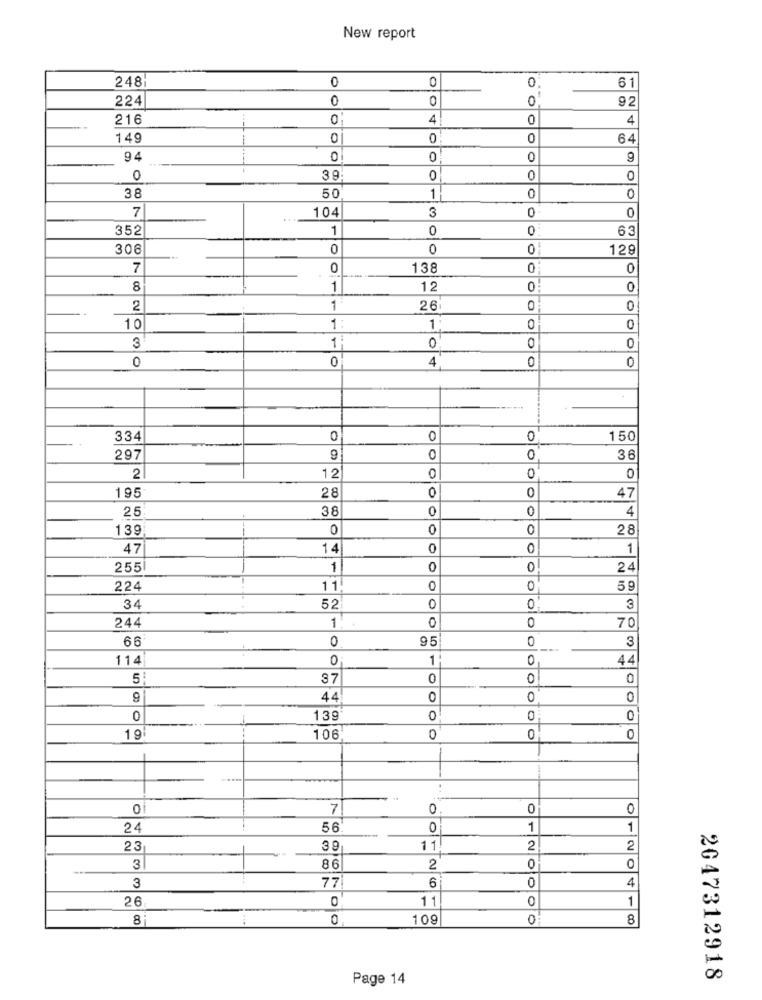
New report
248
0
0
61
224
0
0
92
216
0:
4
4
149
0
0
64
0
94
0
O
39:
O
0
O
50
38
1
0
0
7
104
3
0
352
1
0
63
306
0
OO
129
7
0
138
0
0
8
1
12
0
------
O
2
1
26
0
O
10
1
1
0
0
0
3
-
10
0
0
4
0
O
334
0
0
0
150
1
297
0
-
36
2
12
O
195
28
O
0
47
25
38
0
4
139
0
0
28
47
14
0
1
255
1
0
0
24
224
11
0
59
10
0
34
52
0
3
244
1
70
66
0
95
3
114
0
1
O
44
37
0
0
0
44
O
0
0
139
0
0
106
0
0
0
0
7
0
0
0
24
56
0
1
1
23
39
11
2
2
O
3
86
2
0
3
77
6
0
4
26
11
0
-
0
109
0
8
Page 14
2047312918